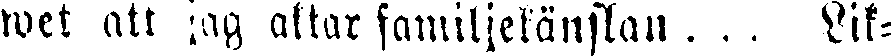
wet att jag aktar familjekänslan . . . Lik-